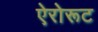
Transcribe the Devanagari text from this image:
ऐरोरूट